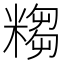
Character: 𥻤